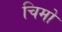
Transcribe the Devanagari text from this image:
चिमो